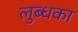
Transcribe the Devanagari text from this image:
लुब्धका